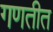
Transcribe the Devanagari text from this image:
गणतीत